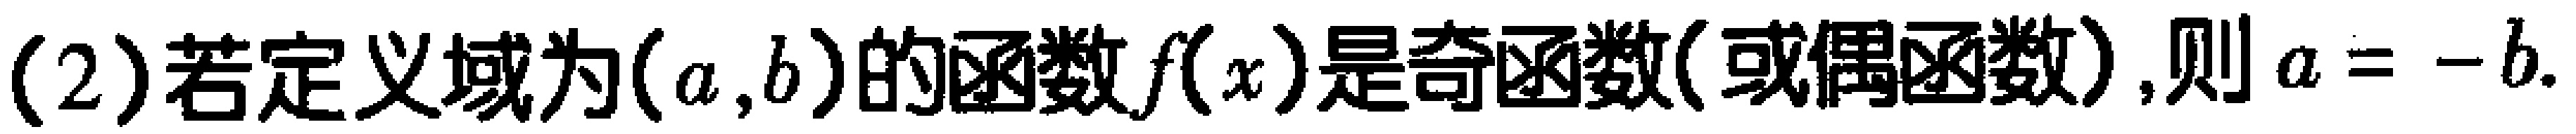
(2)若定义域为\((a,b)\)的函数\(f(x)\)是奇函数(或偶函数),则\(a = -b\).